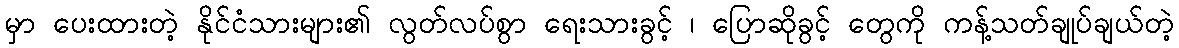
မှာ ပေးထားတဲ့ နိုင်ငံသားများ၏ လွတ်လပ်စွာ ရေးသားခွင့် ၊ ပြောဆိုခွင့် တွေကို ကန့်သတ်ချုပ်ချယ်တဲ့